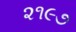
૨૧૯૭